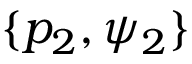
\{ p _ { 2 } , \psi _ { 2 } \}